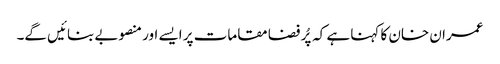
عمران خان کا کہنا ہے کہ پُر فضا مقامات پر ایسے اور منصوبے بنائیں گے۔